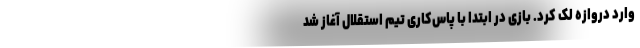
وارد دروازه لک کرد. بازی در ابتدا با پاس‌کاری تیم استقلال آغاز شد